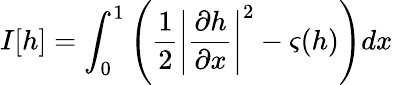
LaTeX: I[h]=\int_{0}^{1}\left(\frac{1}{2}\left|\frac{\partial h}{\partial x}\right|^{2}-\varsigma(h)\right)dx